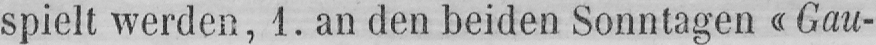
spielt werden, 1. an den beiden Sonntagen «Gau-